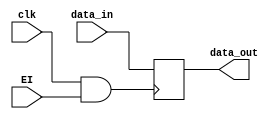
//----------------------------------------------//
`timescale 1ms/100us
module register4(input clk, input [3:0] data_in, input EI, output reg [3:0] data_out);
wire CLK;
parameter delaytime=5;
assign CLK=(clk & EI);
always @(posedge CLK)
begin
    #delaytime data_out[0] <= data_in[0];
    #delaytime data_out[1] <= data_in[1];
    #delaytime data_out[2] <= data_in[2];
    #delaytime data_out[3] <= data_in[3];
end
endmodule